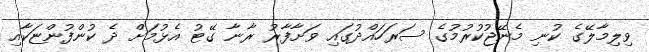
ވިލިމާލޭގެ ކުނި މެނޭޖުކުރުމުގެ ސަރަހައްދުގައި ވަށާފާރު ރާނާ ގޭޓު އެޅުމަށް ދެ ކުންފުންޏަކާއި